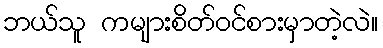
ဘယ်သူ ကများစိတ်ဝင်စားမှာတဲ့လဲ။